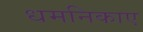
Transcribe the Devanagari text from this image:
धमनिकाए